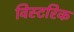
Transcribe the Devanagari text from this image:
विस्टरिक